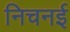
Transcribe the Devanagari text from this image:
निचनई